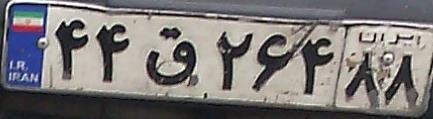
۴۴ق۲۶۴۸۸